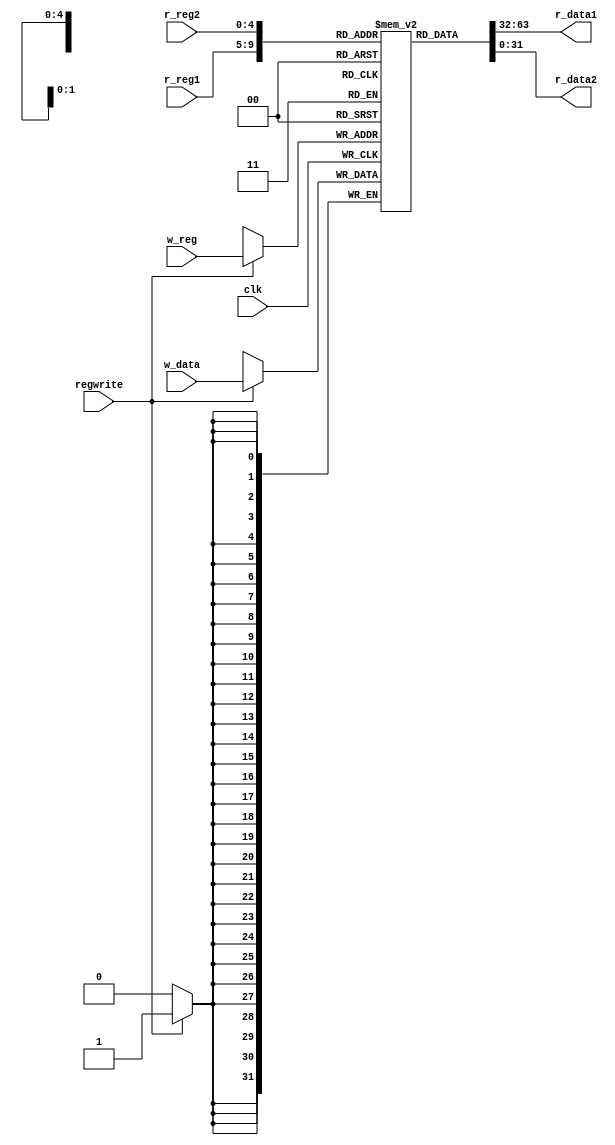
`timescale 1ns / 1ps
//////////////////////////////////////////////////////////////////////////////////
// Company: 
// Engineer: 
// 
// Design Name: 
// Module Name: registers
// Project Name: 
// Target Devices: 
// Tool Versions: 
// Description: 
// 
// Dependencies: 
// 
// Revision:
// Revision 0.01 - File Created
// Additional Comments:
// 
//////////////////////////////////////////////////////////////////////////////////


module registers(
    r_reg1,r_reg2,w_reg,w_data,r_data1,r_data2,regwrite,clk
    );
    input [4:0] r_reg1,r_reg2,w_reg;
    input [31:0] w_data;
    input regwrite,clk;
    output [31:0] r_data1,r_data2;
    reg [31:0] register [31:0];
    
    integer i;
    initial 
    begin
        for (i=0;i<32;i=i+1)
            register[i]<=32'b0;
    end
    assign r_data1=register[r_reg1];
    assign r_data2=register[r_reg2];
    always@(negedge clk) begin
        if(regwrite)
            register[w_reg]=w_data;
    end
endmodule